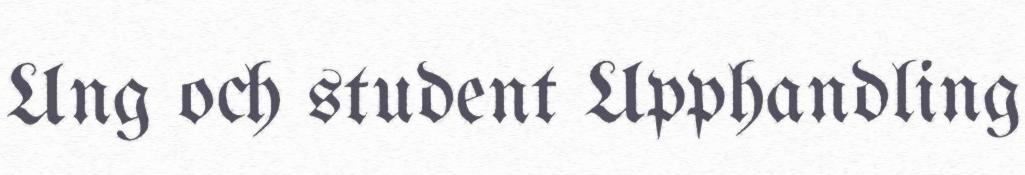
Ung och student Upphandling